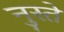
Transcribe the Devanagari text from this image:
नुस्ते